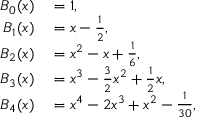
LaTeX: \begin{array} { r l } { B _ { 0 } ( x ) } & { { } = 1 , } \\ { B _ { 1 } ( x ) } & { { } = x - { \frac { 1 } { 2 } } , } \\ { B _ { 2 } ( x ) } & { { } = x ^ { 2 } - x + { \frac { 1 } { 6 } } , } \\ { B _ { 3 } ( x ) } & { { } = x ^ { 3 } - { \frac { 3 } { 2 } } x ^ { 2 } + { \frac { 1 } { 2 } } x , } \\ { B _ { 4 } ( x ) } & { { } = x ^ { 4 } - 2 x ^ { 3 } + x ^ { 2 } - { \frac { 1 } { 3 0 } } , } \end{array}